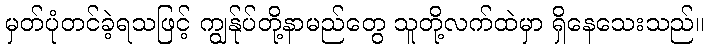
မှတ်ပုံတင်ခဲ့ရသဖြင့် ကျွန်ုပ်တို့နာမည်တွေ သူတို့လက်ထဲမှာ ရှိနေသေးသည်။